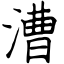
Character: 漕